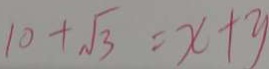
1 0 + \sqrt { 3 } = x + y